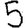
Digit: 5